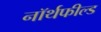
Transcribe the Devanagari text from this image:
नॉर्थफील्ड